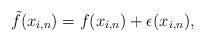
LaTeX: \begin{align*}\tilde{f}(x_{i,n})=f(x_{i,n})+\epsilon(x_{i,n}),\end{align*}